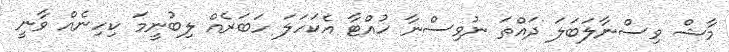
މާޝް ވިސްނާލަބަލަ ދައްތަ ނުވިސްނާ ހުއްޓާ އެކަހަލަ ހަބަރެއް ލިބުނީމަ ކިހިނެއް ވާނީ